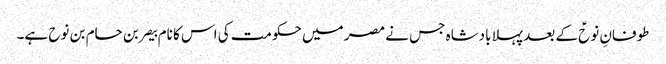
طوفانِ نوحؑ کے بعد پہلا بادشاہ جس نے مصر میں حکومت کی اس کا نام بیصر بن حام بن نوح ہے۔